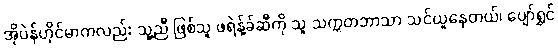
အိုပဲန်ဟိုင်မာကလည်း သူ့ညီ ဖြစ်သူ ဖရဲန့်ခ်ဆီကို သူ သက္ကတဘာသာ သင်ယူနေတယ်၊ ပျော်ရွှင်